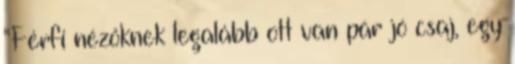
“Férfi nézőknek legalább ott van pár jó csaj, egy